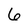
Character: 6